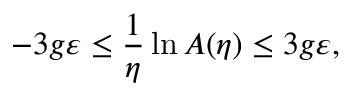
- 3 g \varepsilon \le \frac { 1 } { \eta } \ln A ( \eta ) \le 3 g \varepsilon ,